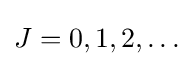
J=0,1,2,\ldots